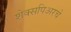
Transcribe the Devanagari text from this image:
शेक्सपिअरचे